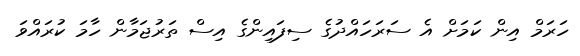
ހަރަމް އިން ކަމަށް އެ ސަރަހައްދުގެ ސިފައިންގެ އިސް ތަރުޖަމާން ހާމަ ކުރައްވަ